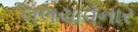
લલચાવનાર